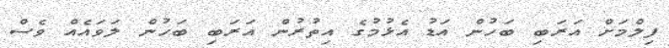
ފިލްމަށް އަރަބި ބަހުން އަޑު އެޅުމުގެ އިތުރުން އަރަބި ބަހުން ލަވައެއް ވެސް